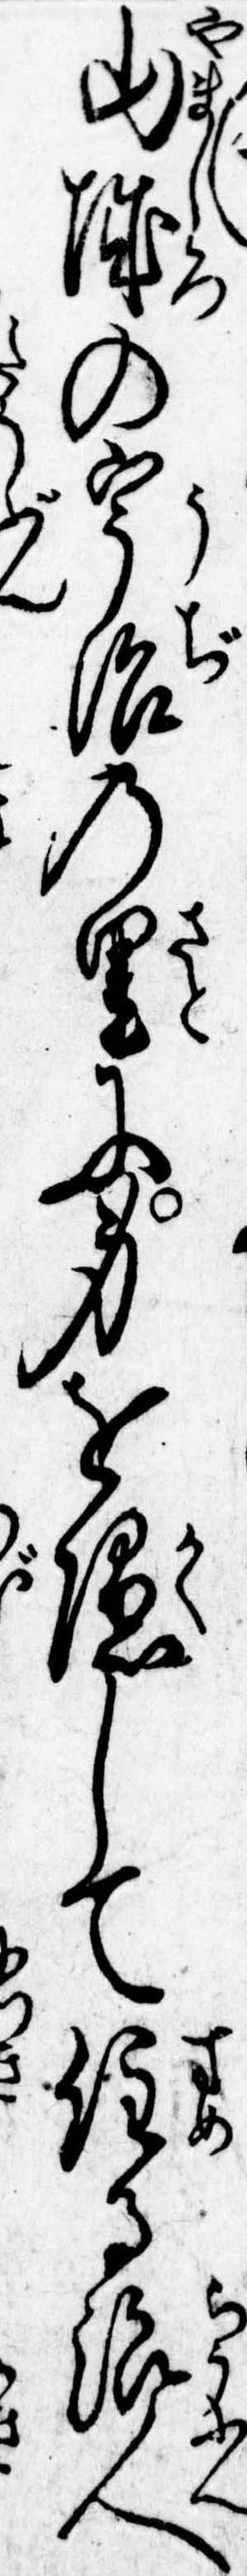
山城の宇治の里に身を隠して住る浪人